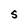
Character: S